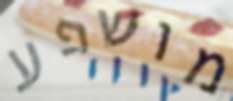
מושפע